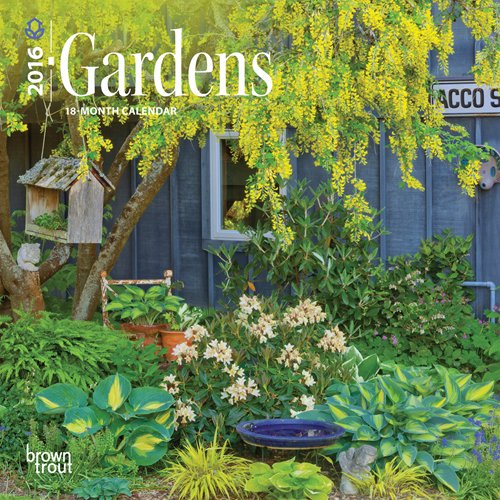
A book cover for Gardens 2016 Mini 7x7 (Multilingual Edition); Browntrout Publishers; Calendars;